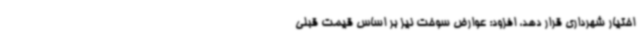
اختیار شهرداری قرار دهد، افزود: عوارض سوخت نیز بر اساس قیمت قبلی